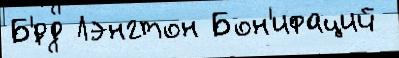
Б'́рд Лэнгтон Бон'ифаций